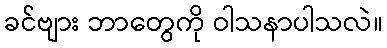
ခင်ဗျား ဘာတွေကို ဝါသနာပါသလဲ။